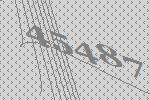
45487